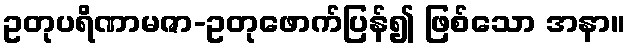
ဥတုပရိဏာမဇာ-ဥတုဖောက်ပြန်၍ ဖြစ်သော အနာ။